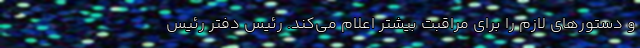
و دستور‌های لازم را برای مراقبت بیشتر اعلام می‌کند. رئیس دفتر رئیس